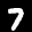
Label: 7